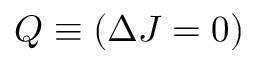
Q \equiv ( \Delta J = 0 )